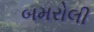
બમરોલી